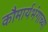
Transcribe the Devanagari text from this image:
कौमार्यभंगाच्या